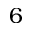
6